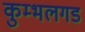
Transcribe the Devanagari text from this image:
कुम्भलगड